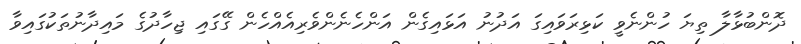
ދޮންބުޅާލާ ތިޔަ ހުންނެވީ ކަޅިރަވައިގަ އަދުނު އަޅައިގެން އަންހެނެންވެރިއެއްހެން ގޭގައި ޖިހާދުގެ މައިދާނުތަކުގައިވާ